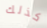
كذلك